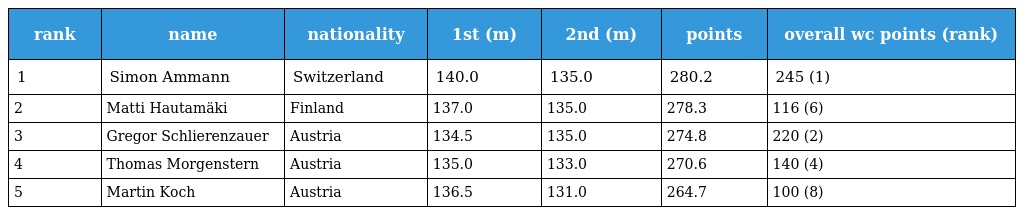
| rank | name | nationality | 1st (m) | 2nd (m) | points | overall wc points (rank) |
 | --- | --- | --- | --- | --- | --- | --- |
 | 1 | Simon Ammann | Switzerland | 140.0 | 135.0 | 280.2 | 245 (1) |
 | 2 | Matti Hautamäki | Finland | 137.0 | 135.0 | 278.3 | 116 (6) |
 | 3 | Gregor Schlierenzauer | Austria | 134.5 | 135.0 | 274.8 | 220 (2) |
 | 4 | Thomas Morgenstern | Austria | 135.0 | 133.0 | 270.6 | 140 (4) |
 | 5 | Martin Koch | Austria | 136.5 | 131.0 | 264.7 | 100 (8) |